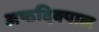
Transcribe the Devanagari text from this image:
अष्ठदिक्पाल